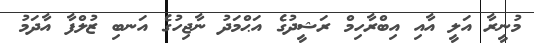
މުނީރާ އަލީ އާއި އިބްރާހިމް ރަޝީދުގެ އަޙްމަދު ނާޖިހުގެ އަނބި ޒުލްފާ އާދަމު